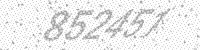
Solution: 852451